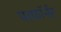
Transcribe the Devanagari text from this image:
परफ़ॉर्मर